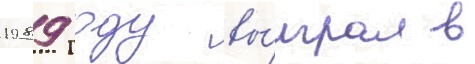
1989 году вы́играл в